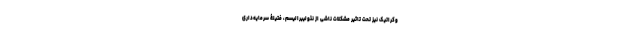
وکراتیک نیز تحت تاثیر مشکلات ناشی از نئولیبرالیسم، فتیلۀ سرمایه‌داری